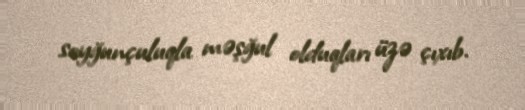
soyğunçuluqla məşğul olduqları üzə çıxıb.